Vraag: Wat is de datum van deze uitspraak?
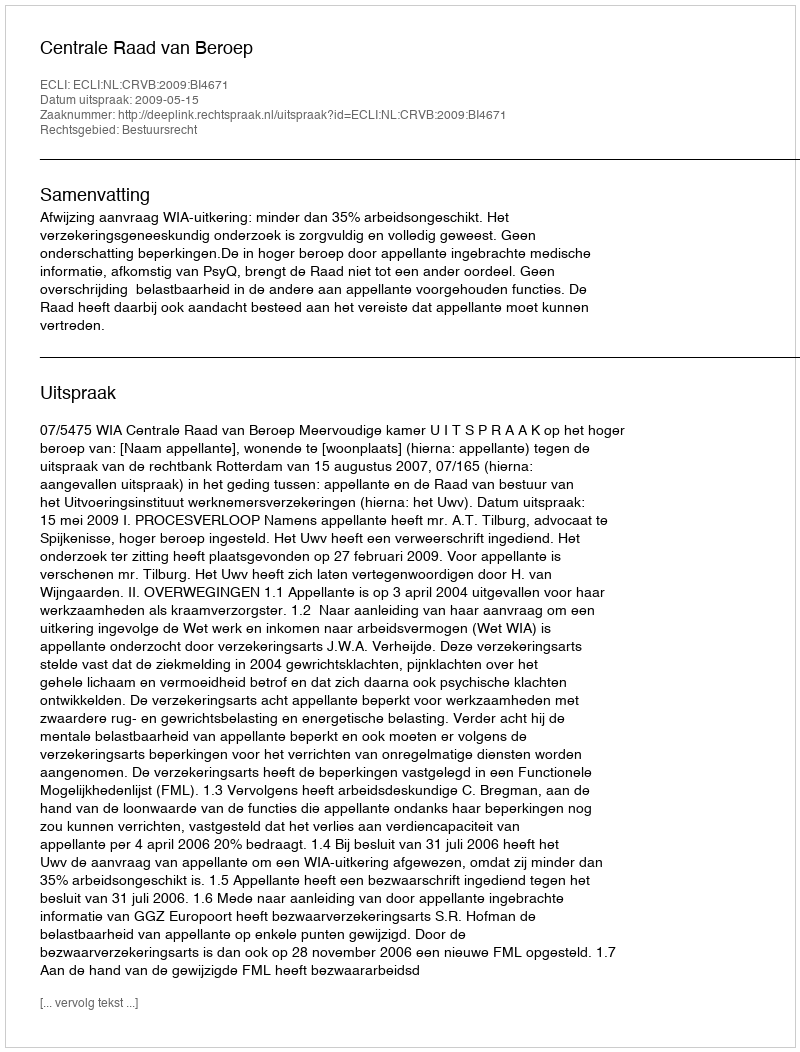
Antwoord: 2009-05-15